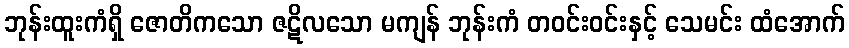
ဘုန်းထူးကံရှိ ဇောတိကသော ဇဋိလသော မကျန် ဘုန်းကံ တဝင်းဝင်းနှင့် သေမင်း ထံအောက်